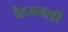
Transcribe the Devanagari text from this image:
वैदकवाडी